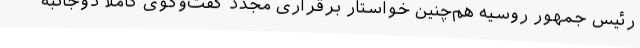
رئیس جمهور روسیه هم‌چنین خواستار برقراری مجدد گفت‌وگوی کاملاً دوجانبه